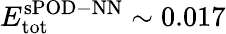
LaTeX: E_{\mathrm{tot}}^{\mathrm{sPOD-NN}}\sim 0.017